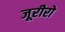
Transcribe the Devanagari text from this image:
जूरीरो